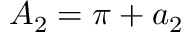
{ A _ { 2 } } = \pi + { a _ { 2 } }